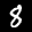
Label: 8